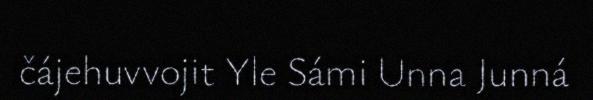
čájehuvvojit Yle Sámi Unna Junná